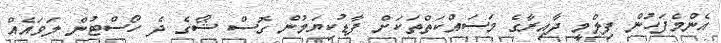
އެންމެފަހުން ފިލްމީ ދާއިރާގެ މަސައްކަތްތަކަށް ފާޑުކިޔަމުން ގޮސް ޝޯގެ ދެ ހޯސްޓުން ލަވައެއް